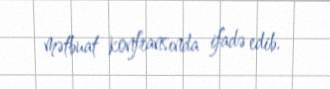
mətbuat konfransında ifadə edib.